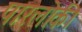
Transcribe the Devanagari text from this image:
पारलोकी